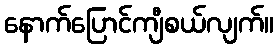
နောက်ပြောင်ကျီစယ်လျက်။